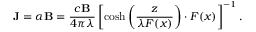
\mathbf { J } = \alpha \mathbf { B } = \frac { c \mathbf { B } } { 4 \pi \lambda } \left[ \cosh \left( \frac { z } { \lambda F ( x ) } \right) \cdot F ( x ) \right] ^ { - 1 } .